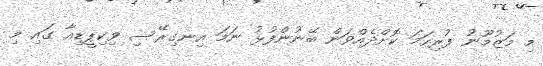
މި މަޒުމޫނު ފުރިހަމަ ކޮށްދެއްވަން ބޭނުންފުޅު ނަމަ އިނގިރޭސި ވިކިޕީޑިއާ ގައި މި